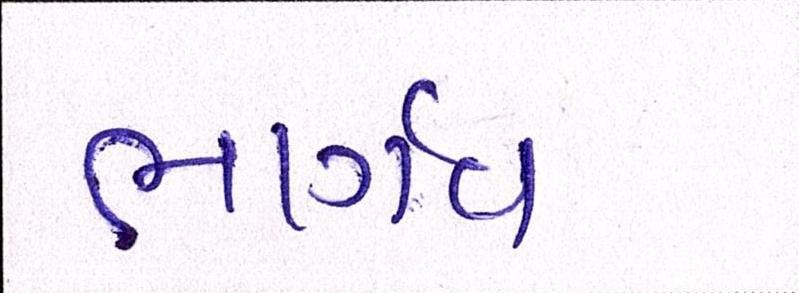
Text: ભાર્ગવ